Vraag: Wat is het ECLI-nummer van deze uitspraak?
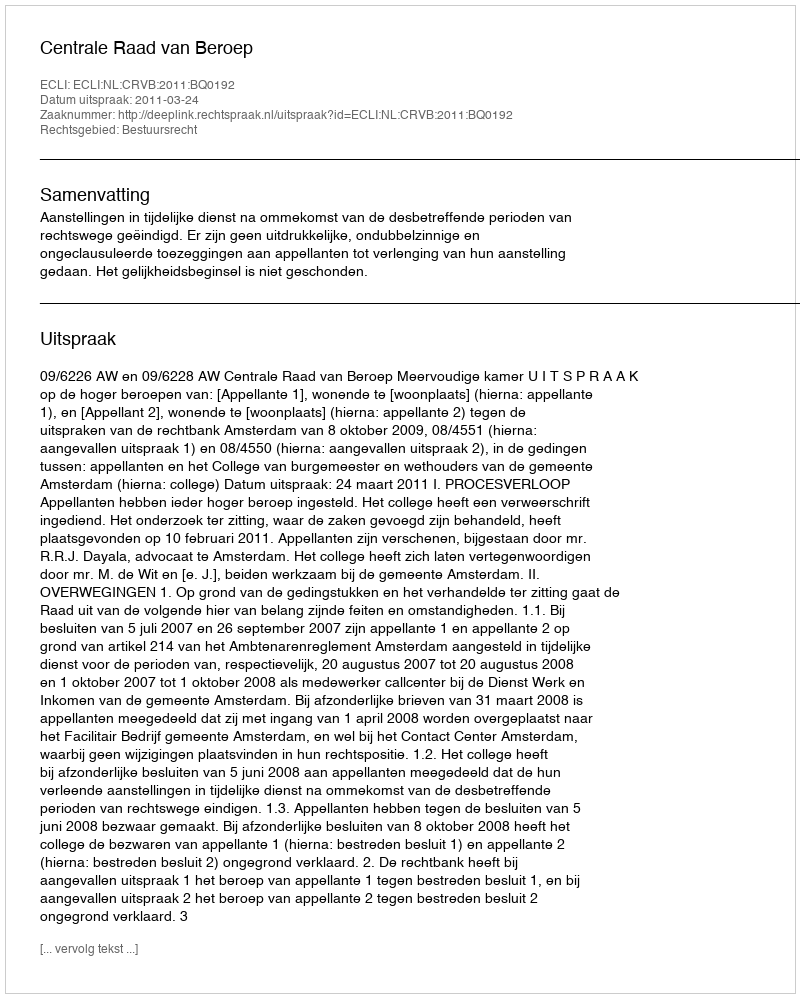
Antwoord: ECLI:NL:CRVB:2011:BQ0192